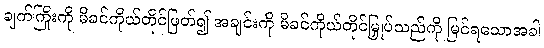
ချက်ကြိုးကို မိခင်ကိုယ်တိုင်ဖြတ်၍ အချင်းကို မိခင်ကိုယ်တိုင်မြှုပ်သည်ကို မြင်ရသောအခါ